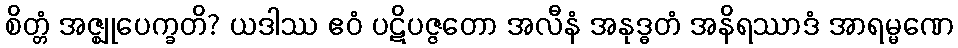
စိတ္တံ အဇ္ဈုပေက္ခတိ? ယဒါဿ ဧဝံ ပဋိပဇ္ဇတော အလီနံ အနုဒ္ဓတံ အနိရဿာဒံ အာရမ္မဏေ